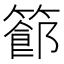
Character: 𥴝